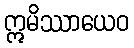
ဣမိဿာယေဝ